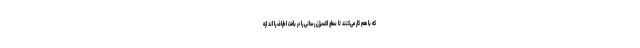
که با هم کار می‌کنند تا سطح اکسیژن رسانی را در بافت اطراف را اند ازه